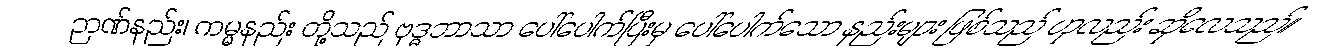
ဉာဏ်နည်း၊ ကမ္မနည်း တို့သည် ဗုဒ္ဓဘာသာ ပေါ်ပေါက်ပြီးမှ ပေါ်ပေါက်သော နည်းများ ဖြစ်သည် ဟုလည်း ဆိုလေသည်။